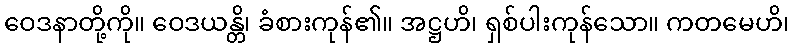
ဝေဒနာတို့ကို။ ဝေဒယန္တိ၊ ခံစားကုန်၏။ အဋ္ဌဟိ၊ ရှစ်ပါးကုန်သော။ ကတမေဟိ၊